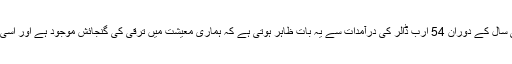
انہوں نے کہا کہ پچھلے مالی سال کے دوران 54 ارب ڈالر کی درآمدات سے یہ بات ظاہر ہوتی ہے کہ ہماری معیشت میں ترقی کی گنجائش موجود ہے اور اسی وجہ سے درآمدات ہوئی ہیں۔